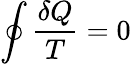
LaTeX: \oint{\frac{\delta Q}{T}}=0